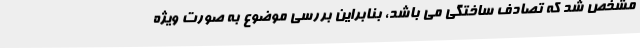
مشخص شد که تصادف ساختگی می باشد، بنابراین بررسی موضوع به صورت ویژه